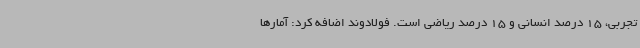
تجربی، 15 درصد انسانی و 15 درصد ریاضی است. فولادوند اضافه کرد: آمارها